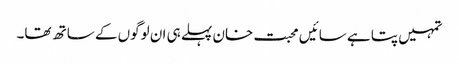
تمہیں پتا ہے سائیں محبت خان پہلے ہی ان لوگوں کے ساتھ تھا۔